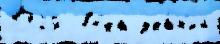
1729  в'и́да зда́н'ий